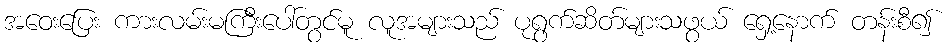
အဝေးပြေး ကားလမ်းမကြီးပေါ်တွင်မူ လူအများသည် ပုရွက်ဆိတ်များသဖွယ် ရှေ့နောက် တန်းစီ၍